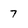
Character: 7